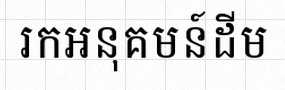
រកអនុគមន៍ដើម